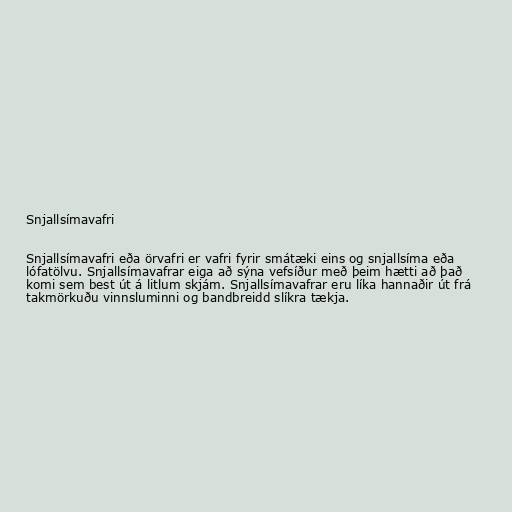
Snjallsímavafri

Snjallsímavafri eða örvafri er vafri fyrir smátæki eins og snjallsíma eða
lófatölvu. Snjallsímavafrar eiga að sýna vefsíður með þeim hætti að það
komi sem best út á litlum skjám. Snjallsímavafrar eru líka hannaðir út frá
takmörkuðu vinnsluminni og bandbreidd slíkra tækja.